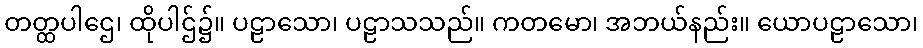
တတ္ထပါဌေ၊ ထိုပါဌ်၌။ ပဠာသော၊ ပဠာသသည်။ ကတမော၊ အဘယ်နည်း။ ယောပဠာသော၊